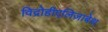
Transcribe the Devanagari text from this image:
विद्रोहीएलिज़ाबेथ